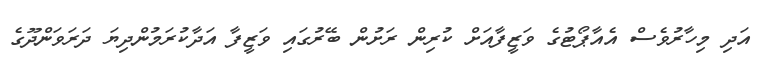
އަދި މިހާރުވެސް އެއާޕޯޓުގެ ވަޒީފާއަށް ކުރިން ރަށުން ބޭރުގައި ވަޒީފާ އަދާކުރަމުންދިޔަ ދަރަވަންދޫގެ